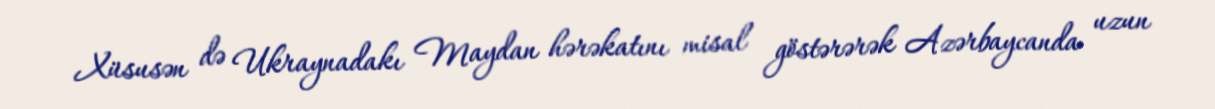
Xüsusən də Ukraynadakı Maydan hərəkatını misal göstərərək Azərbaycanda uzun